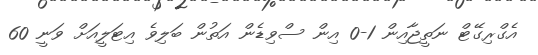
އެގްރިގޭޓް ނަތީޖާއިން 1-0 އިން ސްވިޑެން އަތުން ބަލިވެ އިޓަލީއަށް ވަނީ 60